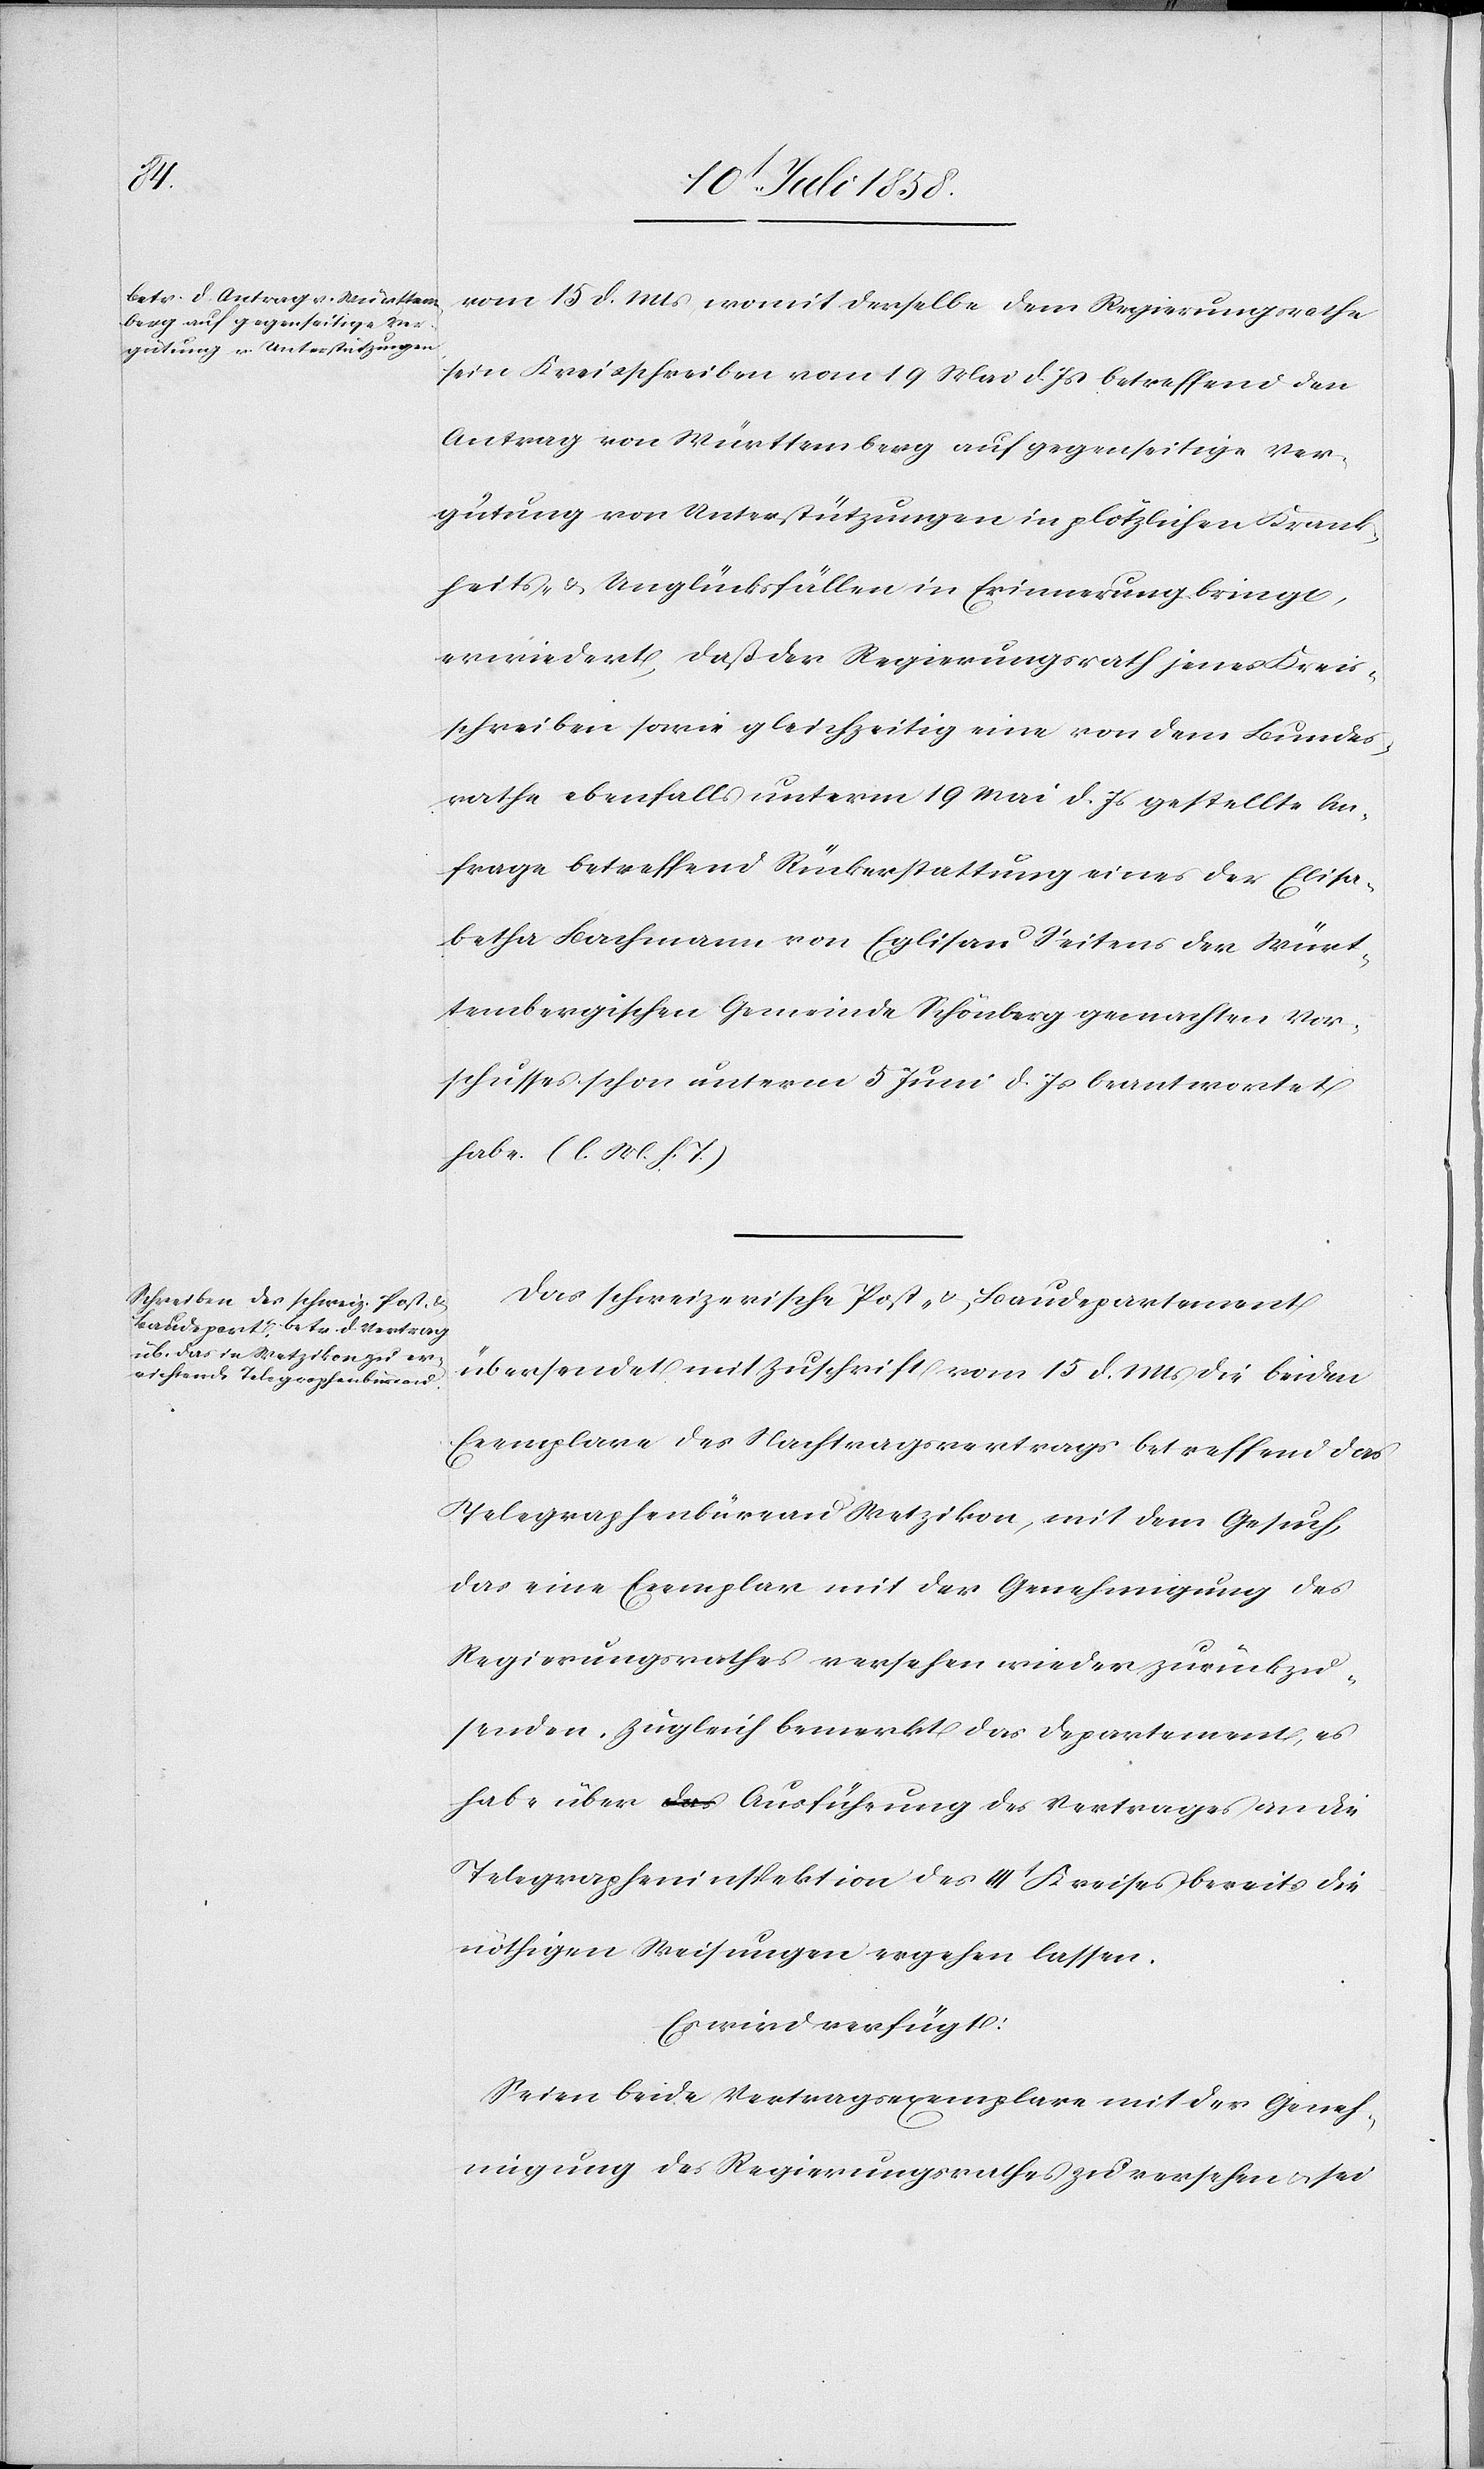
16t. Juli 1858.]
vom 15 d. Mts, womit derselbe dem Regierungsrathe
sein Kreisschreiben vom 19 Mai d. Js betreffend den
Antrag von Württemberg auf gegenseitige Ver¬
gutung von Unterstützungen in plötzlichen Krank¬
heits- & Unglücksfällen in Erinnerung bringt,
erwiedert, daß der Regierungsrath jenes Kreis¬
schreiben sowie gleichzeitig eine von dem Bundes¬
rathe ebenfalls unterm 19 Mai d. Js gestellte An¬
frage betreffend Rückerstattung eines der Elisa¬
betha Bachmann von Eglisau Seitens der Würt¬
tembergischen Gemeinde Schönberg gemachten Vor¬
schusses schon unterm 5 Juni d. Js beantwortet
habe. (l. M. h. T.)
Das schweizerische Post- & Baudepartement
übersendet mit Zuschrift vom 15 d. Mts die beiden
Exemplare des Nachtragsvertrags betreffend das
Telegraphenbüreau Wetzikon, mit dem Gesuch,
das eine Exemplar mit der Genehmigung des
Regierungsrathes versehen wieder zurückzu¬
senden, zugleich bemerkt das Departement, es
habe über a-das-a Ausführung des Vertrages an die
Telegrapheninspektion des IIIt Kreises bereits die
nöthigen Weisungen ergehen lassen.
Es wird verfügt:
Seien beide Vertragsexemplare mit der Geneh¬
migung des Regierungsrathes zu versehen & sei